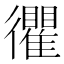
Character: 忂